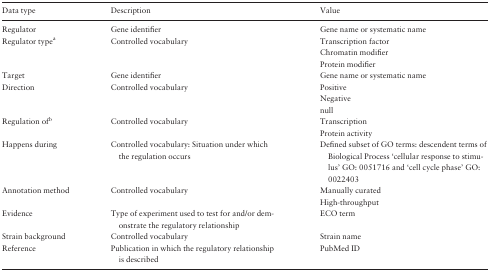
<table><thead><tr><td><b>Data type</b></td><td><b>Description</b></td><td><b>Value</b></td></tr></thead><tbody><tr><td>Regulator</td><td>Gene identifier</td><td>Gene name or systematic name</td></tr><tr><td rowspan="3">Regulator type<sup>a</sup></td><td rowspan="3">Controlled vocabulary</td><td>Transcription factor</td></tr><tr><td>Chromatin modifier</td></tr><tr><td>Protein modifier</td></tr><tr><td>Target</td><td>Gene identifier</td><td>Gene name or systematic name</td></tr><tr><td rowspan="3">Direction</td><td rowspan="3">Controlled vocabulary</td><td>Positive</td></tr><tr><td>Negative</td></tr><tr><td>null</td></tr><tr><td rowspan="2">Regulation of<sup>b</sup></td><td rowspan="2">Controlled vocabulary</td><td>Transcription</td></tr><tr><td>Protein activity</td></tr><tr><td>Happens during</td><td>Controlled vocabulary: Situation under which the regulation occurs</td><td>Defined subset of GO terms: descendent terms of Biological Process ‘cellular response to stimulus’ GO: 0051716 and ‘cell cycle phase’ GO: 0022403</td></tr><tr><td rowspan="2">Annotation method</td><td rowspan="2">Controlled vocabulary</td><td>Manually curated</td></tr><tr><td>High-throughput</td></tr><tr><td>Evidence</td><td>Type of experiment used to test for and/or demonstrate the regulatory relationship</td><td>ECO term</td></tr><tr><td>Strain background</td><td>Controlled vocabulary</td><td>Strain name</td></tr><tr><td>Reference</td><td>Publication in which the regulatory relationship is described</td><td>PubMed ID</td></tr></tbody></table>